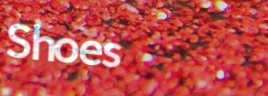
Shoes